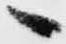
へ